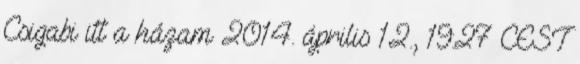
Csigabi itt a házam 2014. április 12., 19:27 CEST